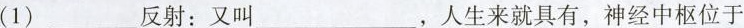
(1)___反射：又叫___，人生来就具有，神经中枢位于